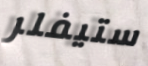
ستيفلر